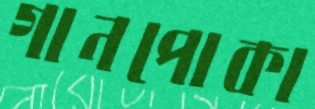
গানপোকা